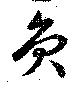
員